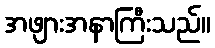
အဖျားအနာကြီးသည်။